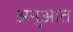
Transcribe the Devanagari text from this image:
अनुआत